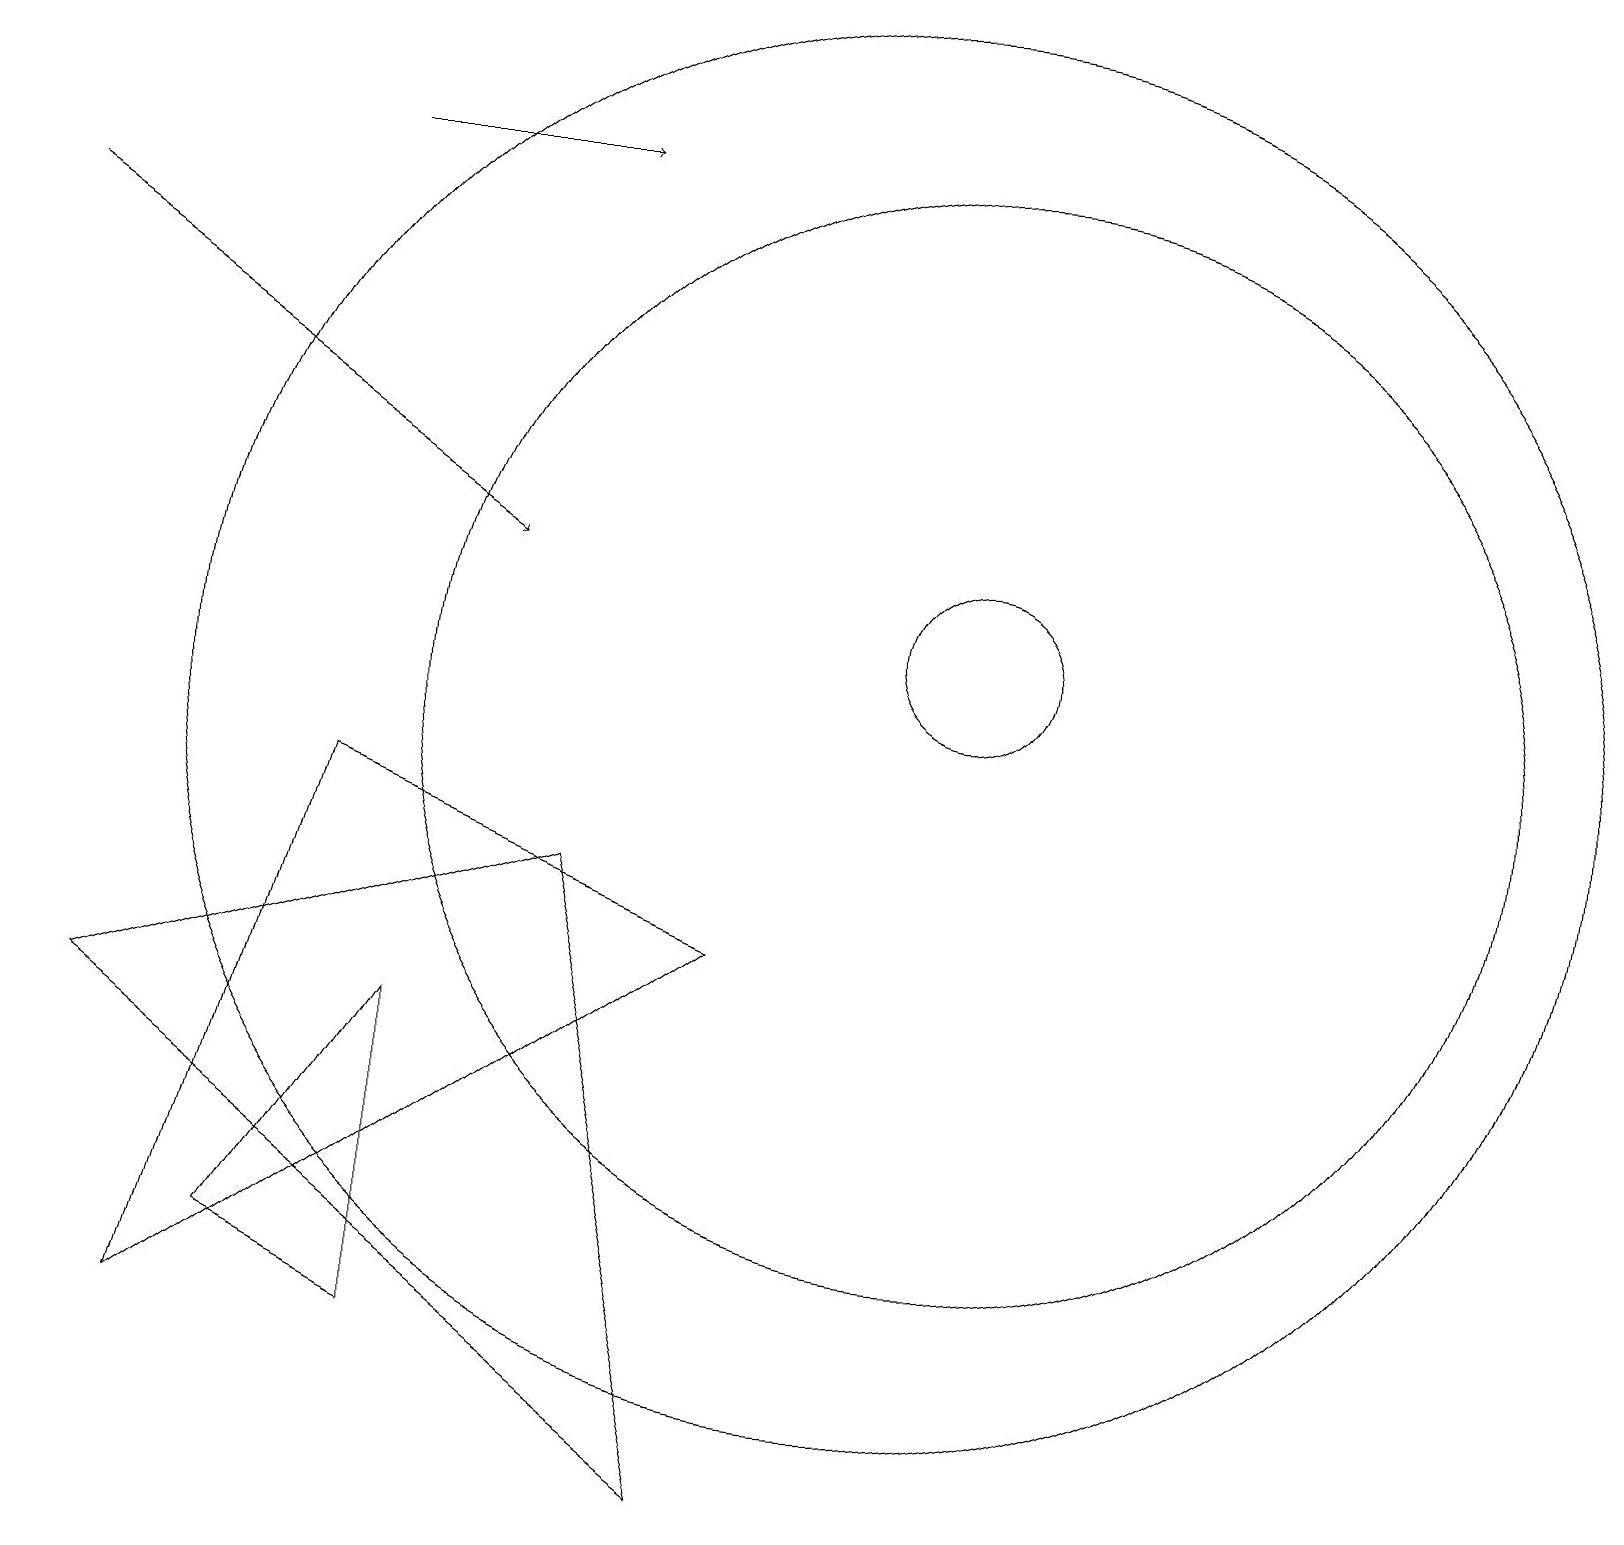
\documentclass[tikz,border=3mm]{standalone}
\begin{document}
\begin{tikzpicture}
\draw (5,6) -- (3,3) -- (5,2) -- cycle;
\draw[->] (4,17) -- (7,17);
\draw (12,10) circle (7);
\draw (12,11) circle (1);
\draw[->] (0,16) -- (6,12);
\draw (4,9) -- (2,2) -- (9,7) -- cycle;
\draw (11,10) circle (9);
\draw (9,0) -- (7,8) -- (1,6) -- cycle;
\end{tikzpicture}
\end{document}